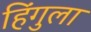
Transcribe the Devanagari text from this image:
हिंगुला